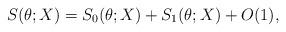
LaTeX: \begin{align*}S(\theta; X) = S_0(\theta; X) + S_1(\theta; X) + O(1),\end{align*}